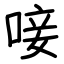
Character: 唼